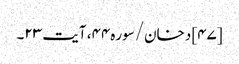
[۴۷] دخان/سوره۴۴، آیت ۲۳۔